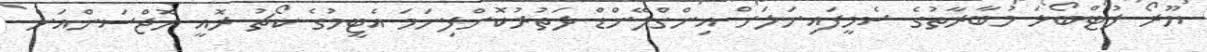
ޔޫރޯ ފުޓްބޯޅަ މުބާރާތުގެ ސެމީފައިނަލަށް އިންގްލޭންޑް ދަތުރުކޮށްފިނަމަ އެޓީމުގެ ކޯޗު ރޮއީ ހޮޖްސަންއަށް